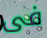
فى